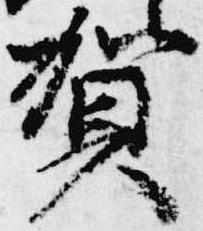
賀